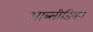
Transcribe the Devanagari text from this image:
आब्सीडियन